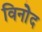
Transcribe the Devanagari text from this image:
विनोेद